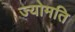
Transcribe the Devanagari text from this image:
ज्योमति